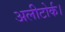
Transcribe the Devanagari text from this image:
अलीटोर्क।